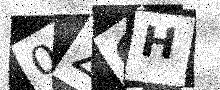
Text: 0ZGH